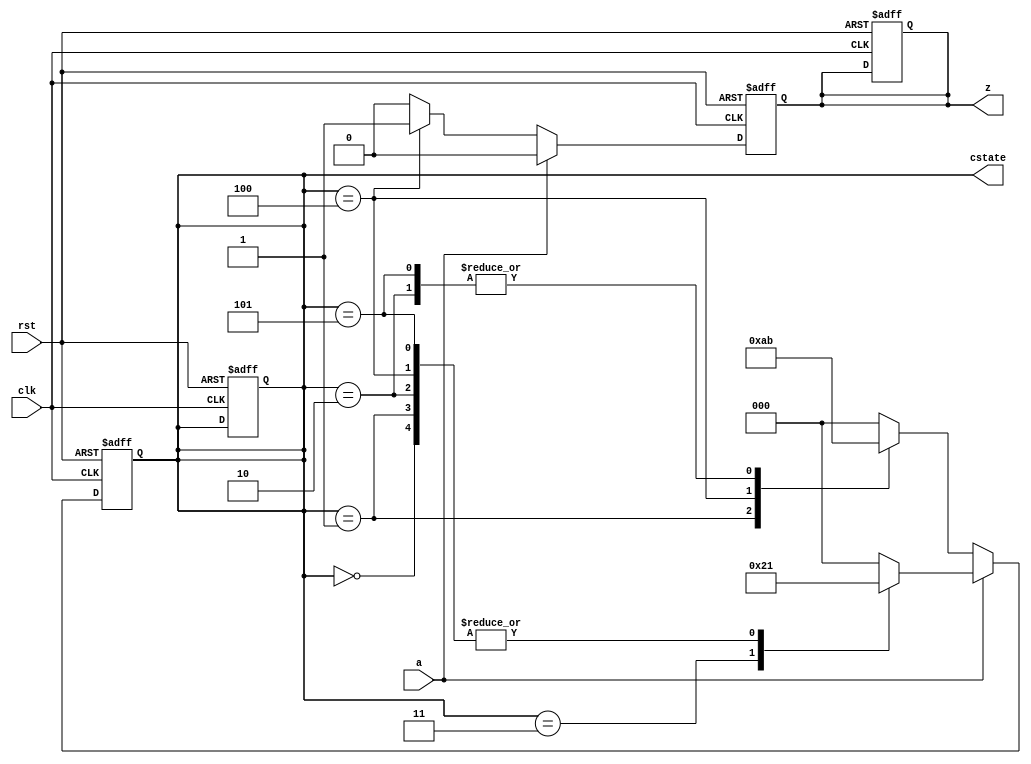
/*
* Finite State Machine
* Detecting string '10010'.
* 
* a store input bit 
* z and cstate are output, 
* when z=1, we find a sequence of '10010'
*/

module fsm10010 (clk, rst, a, z, cstate);
    input clk, rst;
    input a;
    output z;
    output [2:0] cstate;

    reg [2:0] cstate;   // current state
    reg z;

    parameter s0 = 3'b000;
    parameter s1 = 3'b001;
    parameter s2 = 3'b010;
    parameter s3 = 3'b011;
    parameter s4 = 3'b100;
    parameter s5 = 3'b101;

    always @(posedge clk or posedge rst)
        if(rst) begin
            cstate <= s0;
            z <= 0;
        end
        else if(a == 0)
            case(cstate)
                s0: cstate <= s0;
                s1: cstate <= s2;
                s2: cstate <= s3;
                s3: cstate <= s0;
                s4: cstate <= s5;
                s5: cstate <= s3;
                default: cstate <= s0;
            endcase
        else    //if(a==1)
            case(cstate)
                s0: cstate <= s1;
                s1: cstate <= s1;
                s2: cstate <= s1;
                s3: cstate <= s4;
                s4: cstate <= s1;
                s5: cstate <= s1;
                default: cstate <= s0;
            endcase

    always @(posedge clk or posedge rst)
        if(rst) begin
            cstate <= s0;
            z <= 0;
        end
        else if (a==0)
            case(cstate)
                s0: z <= 0;
                s1: z <= 0;
                s2: z <= 0;
                s3: z <= 0;
                s4: z <= 1;
                s5: z <= 0;
                default: z=0;
            endcase
        else
            z <= 0;

endmodule